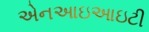
એનઆઇઆઇટી